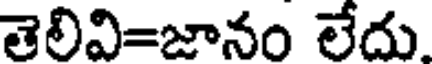
తెలివి=జానం లేదు